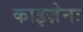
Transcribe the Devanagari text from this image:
काइज़ेनः